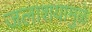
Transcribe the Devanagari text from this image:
जलाशयामुळे